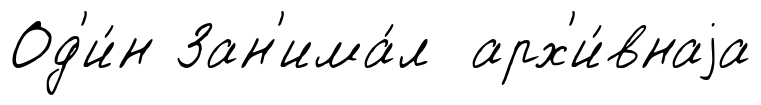
Од'и́н Зан'има́л арх'и́внаjа